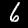
Digit: 6